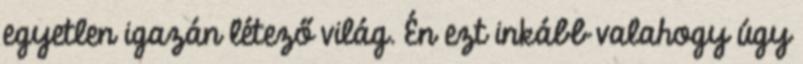
egyetlen igazán létező világ. Én ezt inkább valahogy úgy